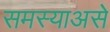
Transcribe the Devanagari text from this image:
समस्याअसे